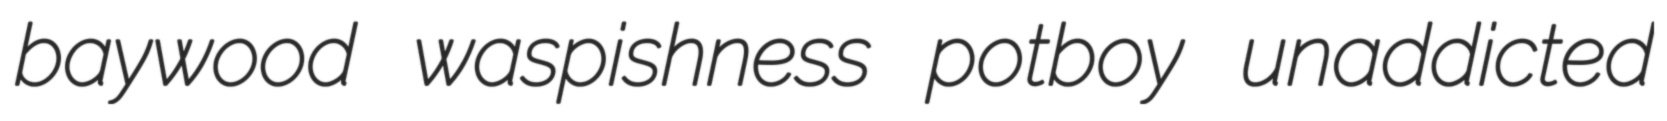
baywood waspishness potboy unaddicted